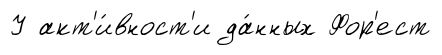
У акт'и́вност'и да́нных Фор'ест